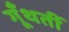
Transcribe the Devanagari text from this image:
गूँथतीं